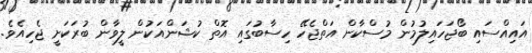
އައިއްސައި ބޯޖަހައިލުމުން މުސްކާން އަތްޖެހޭ ހިސާބުގައި އޮތް ކުޝަންއަކުން ލީވާން ބުރަކަށީ ޖެހިއެވެ.